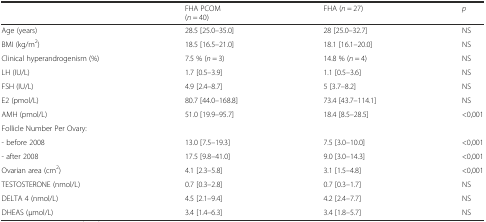
|  | FHA PCOM (n = 40) | FHA (n = 27) | p |
 | --- | --- | --- | --- |
 | Age (years) | 28.5 [25.0–35.0] | 28 [25.0–32.7] | NS |
 | BMI (kg/m2) | 18.5 [16.5–21.0] | 18.1 [16.1–20.0] | NS |
 | Clinical hyperandrogenism (%) | 7.5 % (n = 3) | 14.8 % (n = 4) | NS |
 | LH (IU/L) | 1.7 [0.5–3.9] | 1.1 [0.5–3.6] | NS |
 | FSH (IU/L) | 4.9 [2.4–8.7] | 5 [3.7–8.2] | NS |
 | E2 (pmol/L) | 80.7 [44.0–168.8] | 73.4 [43.7–114.1] | NS |
 | AMH (pmol/L) | 51.0 [19.9–95.7] | 18.4 [8.5–28.5] | <0,001 |
 | Follicle Number Per Ovary: |  |  |  |
 | - before 2008 | 13.0 [7.5–19.3] | 7.5 [3.0–10.0] | <0,001 |
 | - after 2008 | 17.5 [9.8–41.0] | 9.0 [3.0–14.3] | <0,001 |
 | Ovarian area (cm2) | 4.1 [2.3–5.8] | 3.1 [1.5–4.8] | <0,001 |
 | TESTOSTERONE (nmol/L) | 0.7 [0.3–2.8] | 0.7 [0.3–1.7] | NS |
 | DELTA 4 (nmol/L) | 4.5 [2.1–9.4] | 4.2 [2.4–7.7] | NS |
 | DHEAS (μmol/L) | 3.4 [1.4–6.3] | 3.4 [1.8–5.7] | NS |